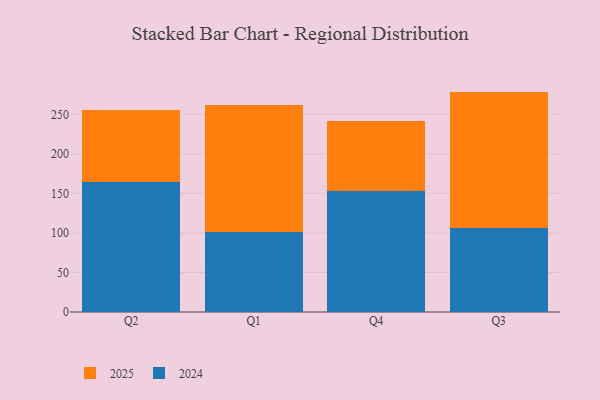
{"axis": {"x": "Quarter", "y": "Conversion Rate (%)"}, "legend": ["2024", "2025"], "data": [{"x": "Q2", "y": 164.6, "type": "2024"}, {"x": "Q2", "y": 91.4, "type": "2025"}, {"x": "Q1", "y": 100.6, "type": "2024"}, {"x": "Q1", "y": 161.3, "type": "2025"}, {"x": "Q4", "y": 152.5, "type": "2024"}, {"x": "Q4", "y": 89.4, "type": "2025"}, {"x": "Q3", "y": 106.2, "type": "2024"}, {"x": "Q3", "y": 172.5, "type": "2025"}]}